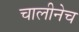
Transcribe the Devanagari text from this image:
चालीनेच